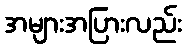
အများအပြားလည်း